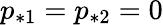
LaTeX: p_{*1}=p_{*2}=0